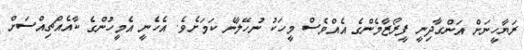
ރަޔާހީނަށް އަންގާދިނީ ފީރޯޒާމެންގެ އެއްވެސް މީހަކު ނުހޭލާނެ ކަމަށެވެ. އެހެނީ އެމީހުންގެ ކާއެއްޗިއްސަށް